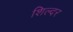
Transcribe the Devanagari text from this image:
शिल्दर